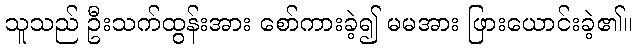
သူသည် ဦးသက်ထွန်းအား စော်ကားခဲ့၍ မမအား ဖြားယောင်းခဲ့၏။